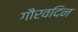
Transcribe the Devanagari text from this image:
गौरवदिन